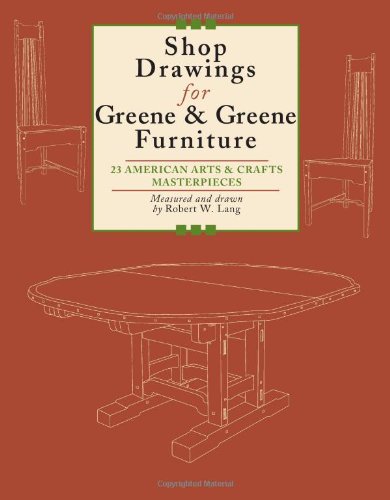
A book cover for Shop Drawings for Greene & Greene Furniture: 23 American Arts and Crafts Masterpieces; Robert Lang; Crafts, Hobbies & Home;